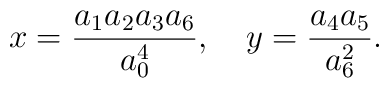
x=\frac{a_1a_2a_3a_6}{a_0^4},\quad y=\frac{a_4a_5}{a_6^2}.